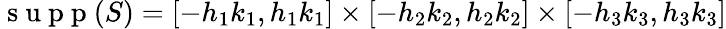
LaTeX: \mathrm{~s~u~p~p~}(S)=[-h_{1}k_{1},h_{1}k_{1}]\times[-h_{2}k_{2},h_{2}k_{2}]\times[-h_{3}k_{3},h_{3}k_{3}]